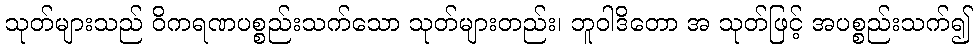
သုတ်များသည် ဝိကရဏပစ္စည်းသက်သော သုတ်များတည်း၊ ဘူဝါဒိတော အ သုတ်ဖြင့် အပစ္စည်းသက်၍